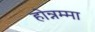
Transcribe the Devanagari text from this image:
होन्नम्मा